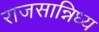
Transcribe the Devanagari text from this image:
राजसान्निध्य